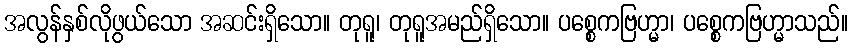
အလွန်နှစ်လိုဖွယ်သော အဆင်းရှိသော။ တုရူ၊ တုရူအမည်ရှိသော။ ပစ္စေကဗြဟ္မာ၊ ပစ္စေကဗြဟ္မာသည်။